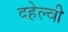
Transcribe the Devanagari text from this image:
दहेल्‍वी